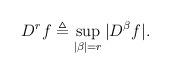
LaTeX: \begin{align*}D^rf \triangleq \sup_{|\beta|=r} |D^{\beta}f|.\end{align*}